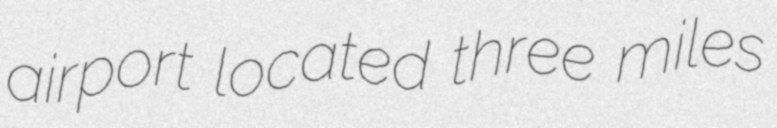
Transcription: airport located three miles